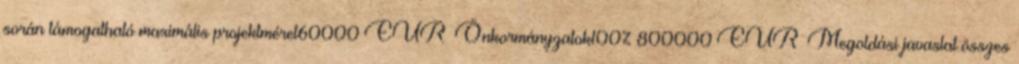
során támogatható maximális projektméret60000 EUR▪Önkormányzatok100% 800000 EUR▪Megoldási javaslat összes